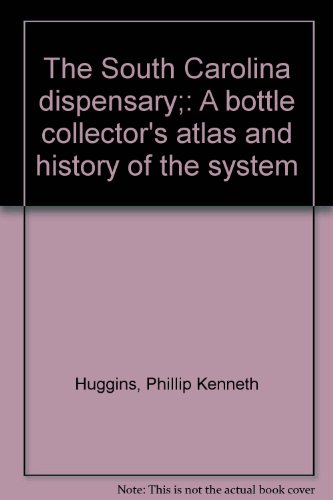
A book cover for The South Carolina dispensary;: A bottle collector's atlas and history of the system; Phillip Kenneth Huggins; Crafts, Hobbies & Home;